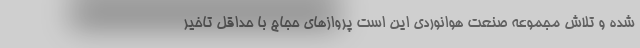
شده و تلاش مجموعه صنعت هوانوردی این است پروازهای حجاج با حداقل تاخیر